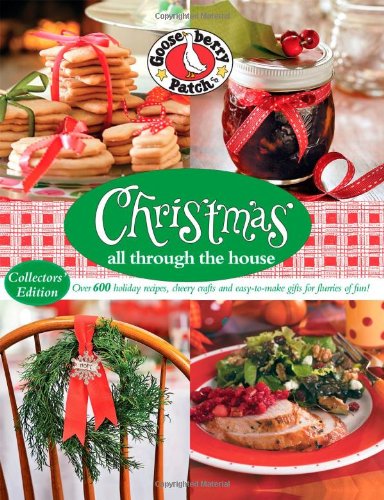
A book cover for Gooseberry Patch Christmas All Through the House: Over 600 Holiday Recipes, Cheery Crafts and Easy-to-Make Gifts for Flurries of Fun; Gooseberry Patch; Cookbooks, Food & Wine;